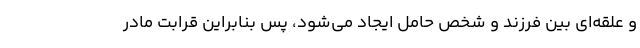
و علقه‌ای بین فرزند و شخص حامل ایجاد می‌شود، پس بنابراین قرابت مادر